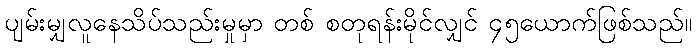
ပျမ်းမျှလူနေသိပ်သည်းမှုမှာ တစ် စတုရန်းမိုင်လျှင် ၄၅ယောက်ဖြစ်သည်။